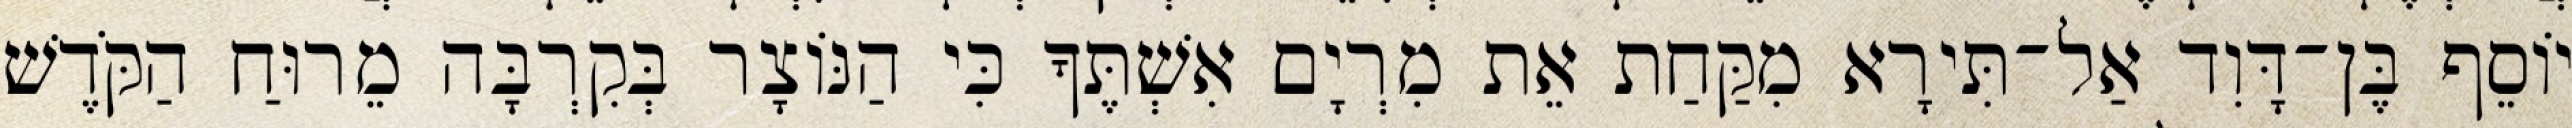
יוֹסֵף בֶּן־דָּוִד אַל־תִּירָא מִקַּחַת אֵת מִרְיָם אִשְׁתֶּךָ כִּי הַנּוֹצָר בְּקִרְבָּה מֵרוּחַ הַקֹּדֶשׁ